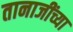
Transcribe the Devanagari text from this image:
तानाजींच्या